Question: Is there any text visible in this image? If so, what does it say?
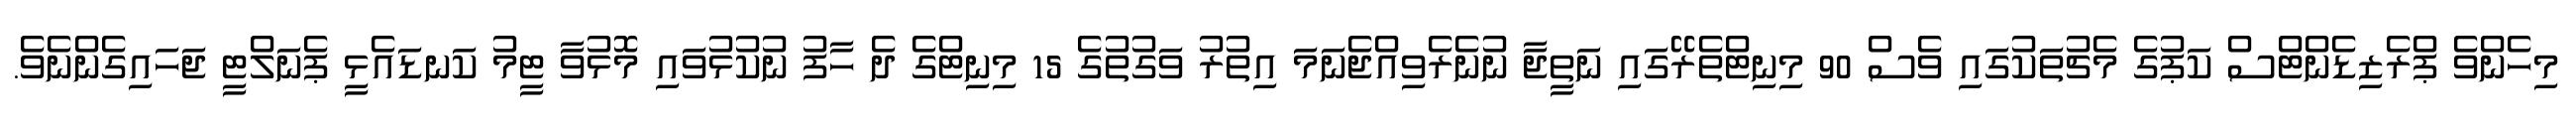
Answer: މިހެންވެ ޕްރެޒިޑެންޓްސް ކަޕުގެ މެޗުތަކުގައި ވެސް 90 މިނިޓްތެރޭގައި ނަތީޖާ ނުނެރެވިއްޖެނަމަ އިތުރު ވަގުތުގެ 15 މިނިޓްގެ ދެ ހާފު ނުކުޅުވައި މޮޅުވާ ޓީމު ކަނޑައެޅީ ޕެނަލްޓީ ޖަހައިގެންނެވެ.